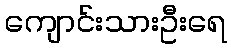
ကျောင်းသားဦးရေ